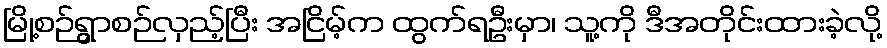
မြို့စဉ်ရွာစဉ်လှည့်ပြီး အငြိမ့်က ထွက်ရဦးမှာ၊ သူ့ကို ဒီအတိုင်းထားခဲ့လို့